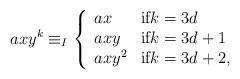
LaTeX: \begin{align*}axy^k \equiv_I \left\{ \begin{array}{ll} ax & \mbox{{if}$k=3d$}\\ axy & \mbox{if$k=3d+1$}\\ axy^2 & \mbox{if$k=3d+2$},\end{array} \right.\end{align*}